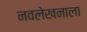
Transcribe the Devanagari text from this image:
नवलेखनाला